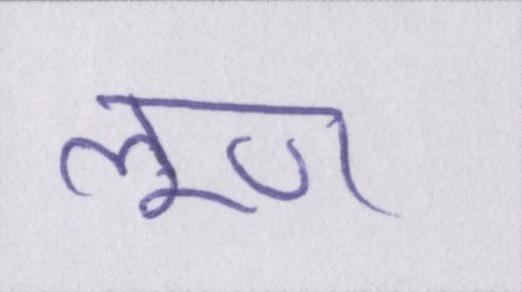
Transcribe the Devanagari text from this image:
लूण